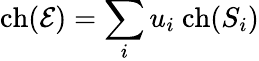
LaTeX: \mathrm{ch}({\cal E})=\sum_{i}u_{i}\ \mathrm{ch}(S_{i})